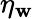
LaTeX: \eta_{\mathbf{w}}